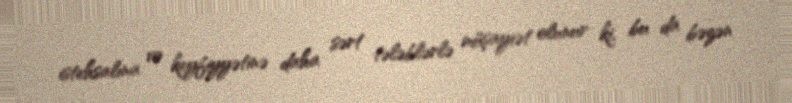
istehsalına və keyfiyyətinə daha sərt tələblərlə müşayiət olunur ki, bu da bəzən